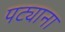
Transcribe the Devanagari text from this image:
पट्याना